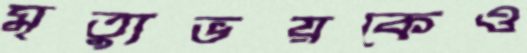
মৃত্যুভয়কেও